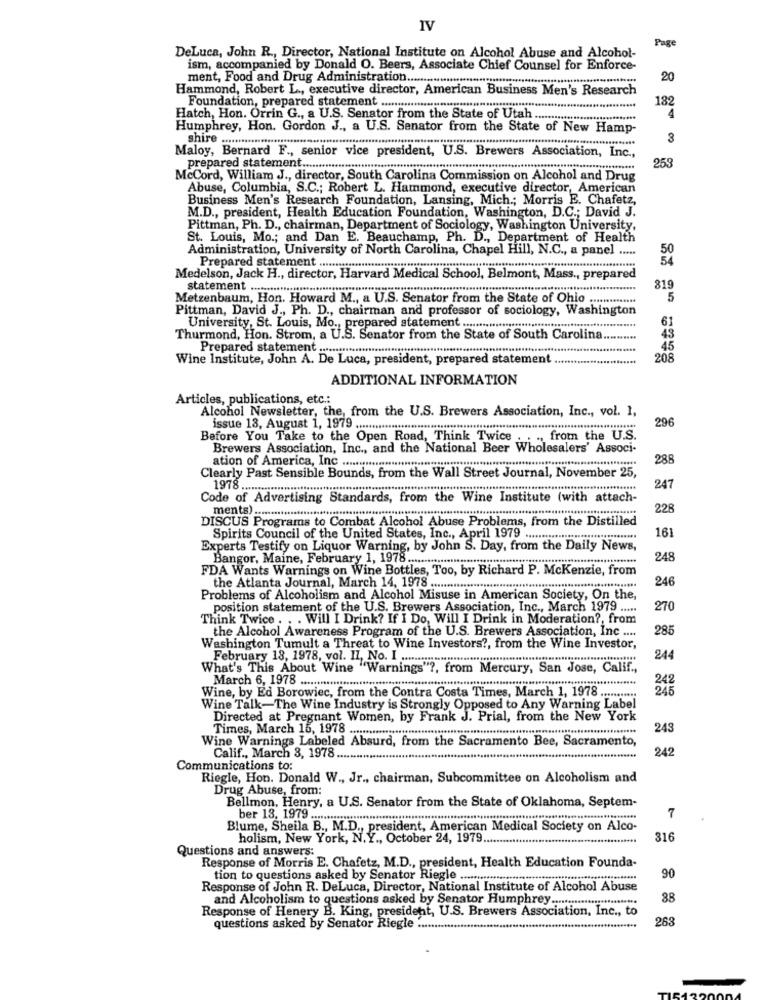
IV
Page
DeLuca, John R ., Director, National Institute on Alcohol Abuse and Alcohol-
ism, accompanied by Donald O. Beers, Associate Chief Counsel for Enforce-
ment, Food and Drug Administration ..................
20
Hammond, Robert L ., executive director, American Business Men's Research
Foundation, prepared statement
182
Hatch, Hon. Orrin G ., a U.S. Senator from the State of Utah ....
4
Humphrey, Hon. Gordon J ., a U.S. Senator from the State of New Hamp-
shire
3
Maloy, Bernard F ., senior vice president, U.S. Brewers Association, Inc .,
prepared statement.
253
McCord, William J ., director, South Carolina Commission on Alcohol and Drug
Abuse, Columbia, S.C .; Robert L. Hammond, executive director, American
Business Men's Research Foundation, Lansing, Mich .; Morris E. Chafetz,
M.D ., president, Health Education Foundation, Washington, D.C .; David J.
Pittman, Ph. D ., chairman, Department of Sociology, Washington University,
St. Louis, Mo .; and Dan E. Beauchamp, Ph. D ., Department of Health
Administration, University of North Carolina, Chapel Hill, N.C ., a panel .....
Prepared statement ...........
Medelson, Jack H ., director, Harvard Medical School, Belmont, Mass ., prepared
statement ..............................
819
Metzenbaum, Hon. Howard M ., a U.S. Senator from the State of Ohio
5
Pittman, David J ., Ph. D ., chairman and professor of sociology, Washington
University, St. Louis, Mo ., prepared statement ............................................
61
Thurmond, Hon. Strom, a U.S. Senator from the State of South Carolina ..
43
Prepared statement ....................................................................................
45
Wine Institute, John A. De Luca, president, prepared statement
208
ADDITIONAL INFORMATION
Articles, publications, etc .:
Alcohol Newsletter, the, from the U.S. Brewers Association, Inc ., vol. 1,
296
issue 13, August 1, 1979 ......................................................................................................................
Before You Take to the Open Road, Think Twice . .
., from the U.S.
Brewers Association, Inc ., and the National Beer Wholesalers' Associ-
ation of America, Inc .........
288
Clearly Past Sensible Bounds, from the Wall Street Journal, November 25,
1978 ....................................
247
Code of Advertising Standards, from the Wine Institute (with attach-
228
DISCUS Programs to Combat Alcohol Abuse Problems, from the Distilled
161
Spirits Council of the United States, Inc ., April 1979 ...................
Experts Testify on Liquor Warning, by John S. Day, from the Daily News,
Bangor, Maine, February 1, 1978
248
FDA Wants Warnings on Wine Bottles, Too, by Richard P. Mckenzie, from
the Atlanta Journal, March 14, 1978
246
Problems of Alcoholism and Alcohol Misuse in American Society, On the,
position statement of the U.S. Brewers Association, Inc ., March 1979 .....
270
Think Twice . . . Will I Drink? If I Do, Will I Drink in Moderation ?, from
the Alcohol Awareness Program of the U.S. Brewers Association, Inc ....
285
Washington Tumult a Threat to Wine Investors ?, from the Wine Investor,
February 13, 1978, vol. II, No. I ......................
244
What's This About Wine "Warnings" ?, from Mercury, San Jose, Calif .,
March 6, 1978 .
242
Wine, by Ed Borowiec, from the Contra Costa Times, March 1, 1978
245
Wine Talk-The Wine Industry is Strongly Opposed to Any Warning Label
Directed at Pregnant Women, by Frank J. Prial, from the New York
Times, March 15, 1978 ........................................................................................
243
Wine Warnings Labeled Absurd, from the Sacramento Bee, Sacramento,
242
Calif ., March 3, 1978 .......
Communications to:
Riegle, Hon. Donald W ., Jr ., chairman, Subcommittee on Alcoholism and
Drug Abuse, from:
Bellmon, Henry, a U.S. Senator from the State of Oklahoma, Septem-
7
Blume, Sheila B ., M.D ., president, American Medical Society on Alco-
holism, New York, N.Y ., October 24, 1979 ..
316
Questions and answers:
Response of Morris E. Chafetz, M.D ., president, Health Education Founda-
tion to questions asked by Senator Riegle .......····················
90
Response of John R. DeLuca, Director, National Institute of Alcohol Abuse
and Alcoholism to questions asked by Senator Humphrey ..........................
88
Response of Henery B. King, president, U.S. Brewers Association, Inc ., to
263
questions asked by Senator Riegle .........